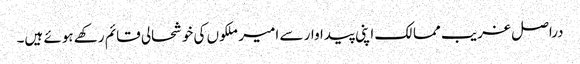
دراصل غریب ممالک اپنی پیداوار سے امیر ملکوں کی خوشحالی قائم رکھے ہوئے ہیں۔